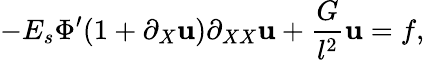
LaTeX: -E_{s}\Phi^{\prime}(1+\partial_{X}\mathbf{u})\partial_{XX}\mathbf{u}+\frac{{G}}{{l^{2}}}\mathbf{u}=f,